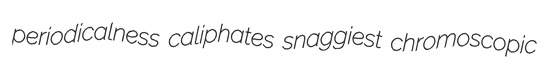
periodicalness caliphates snaggiest chromoscopic